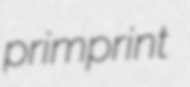
primprint